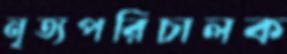
নৃত্যপরিচালক